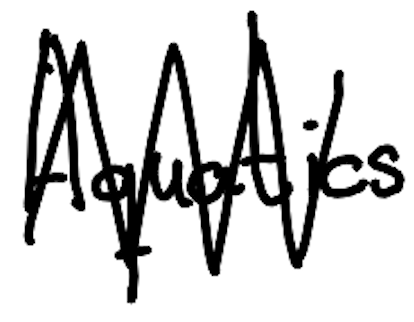
Text: Aquatics
Cross-out: zig-zag
Writing tool: digital_black